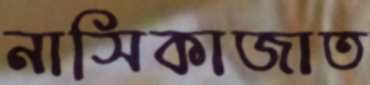
নাসিকাজাত